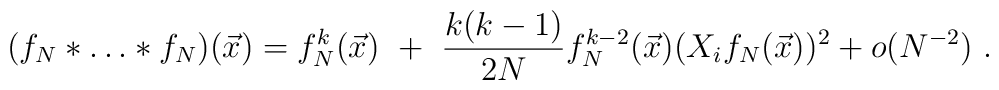
(f_N *\dots *f_N )(\vec{x}) = f^k_N (\vec{x})\ +\ \frac{k(k-1)}{2N} f^{k-2}_N (\vec{x}) (X_i f_N (\vec{x}))^2 +o(N^{-2})\ .